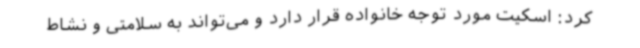
کرد: اسکیت مورد توجه خانواده قرار دارد و می‌تواند به سلامتی و نشاط